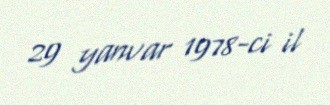
29 yanvar 1978-ci il